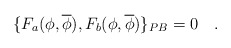
\begin{align*}\{F_a(\phi,\overline{\phi}),F_b(\phi,\overline{\phi})\}_{PB}=0\quad.\end{align*}